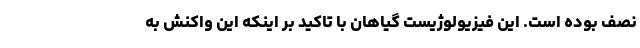
نصف بوده است. این فیزیولوژیست گیاهان با تاکید بر اینکه این واکنش به